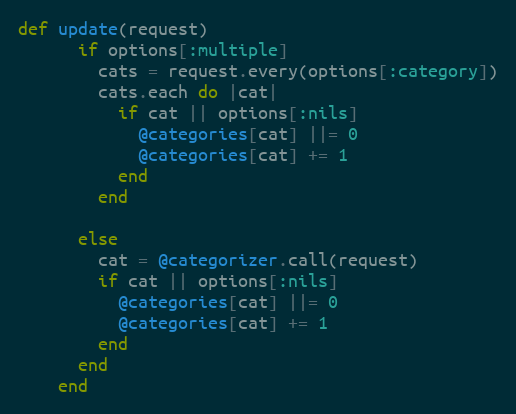
Language: Ruby
def update(request)
      if options[:multiple]
        cats = request.every(options[:category])
        cats.each do |cat|
          if cat || options[:nils]
            @categories[cat] ||= 0
            @categories[cat] += 1
          end
        end

      else
        cat = @categorizer.call(request)
        if cat || options[:nils]
          @categories[cat] ||= 0
          @categories[cat] += 1
        end
      end
    end